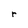
Character: r